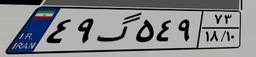
۴۹گ۵۴۹۷۳